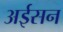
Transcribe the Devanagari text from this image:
अईसन